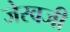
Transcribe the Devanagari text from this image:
जेरवजी